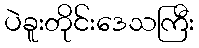
ပဲခူးတိုင်းဒေသကြီး